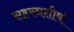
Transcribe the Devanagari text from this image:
सहस्त्रशीर्षा